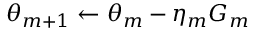
\theta _ { m + 1 } \gets \theta _ { m } - \eta _ { m } G _ { m }